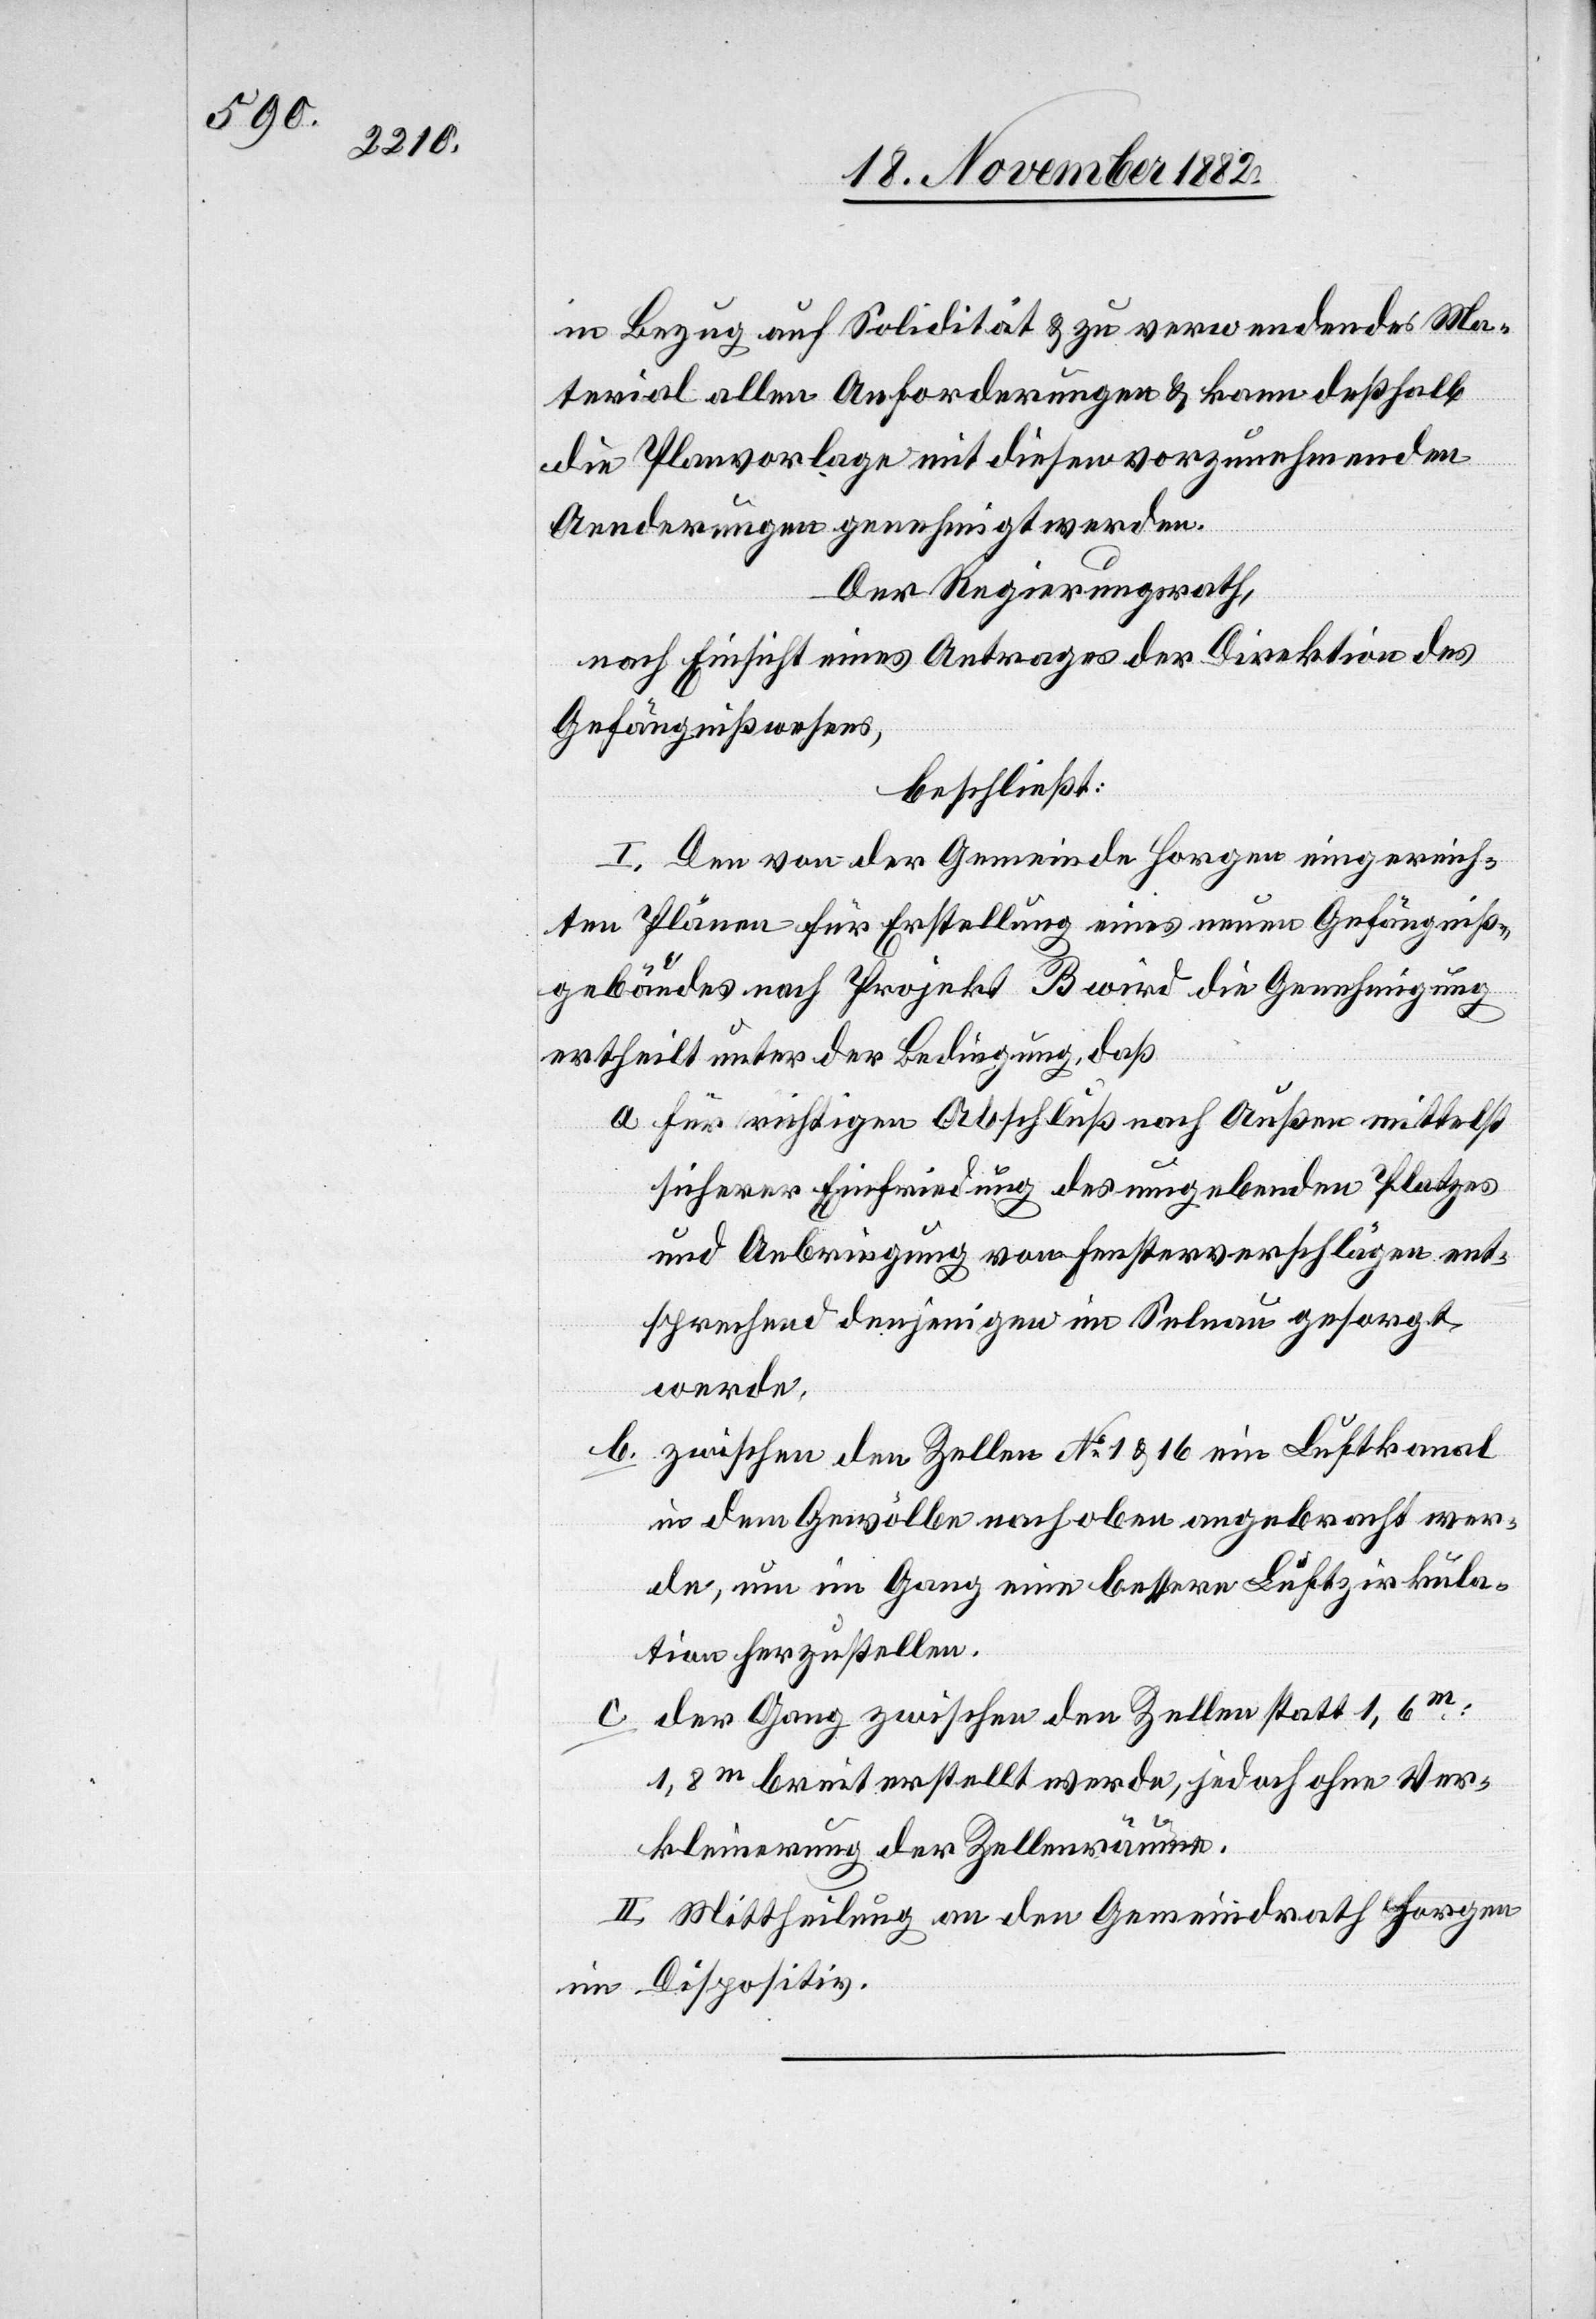
in Bezug auf Solidität & zu verwendendes Ma¬
terial allen Anforderungen & kann deßhalb
die Planvorlage mit diesen vorzunehmenden
Aenderungen genehmigt werden.
Der Regierungsrath,
nach Einsicht eines Antrages der Direktion des
Gefängnißwesens,
beschließt:
I. Den von der Gemeinde Horgen eingereich¬
ten Plänen für Erstellung eines neuen Gefängniß¬
gebäudes nach Projekt B wird die Genehmigung
ertheilt unter der Bedingung, daß
a. für richtigen Abschluß nach Außen mittelst
sicherer Einfriedung des umgebenden Platzes
und Anbringung von Fensterverschlägen ent¬
sprechend denjenigen im Selnau gesorgt
werde.
b. zwischen den Zellen No 1 & 16 ein Luftkanal
in dem Gewölbe nach oben angebracht wer¬
de, um im Gang eine bessere Luftzirkula¬
tion herzustellen.
c. der Gang zwischen den Zellen statt 1,6m
1,8m breit erstellt werde, jedoch ohne Ver¬
kleinerung der Zellenräume.
II. Mittheilung an den Gemeindrath Horgen
im Dispositiv.